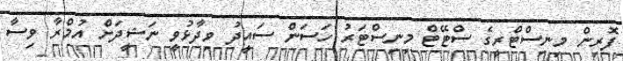
ފޮރިން މިނިސްޓްރީގެ ސްޓޭޓް މިނިސްޓަރު ހަސަން ސައީދު ވިދާޅުވީ ނަޝީދަށް އުމްރާ ވިސާ